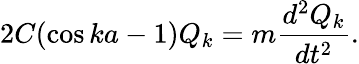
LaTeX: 2C(\cos{ka-1})Q_{k}=m{\frac{d^{2}Q_{k}}{dt^{2}}}.